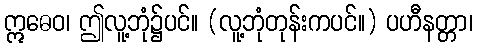
ဣဓေဝ၊ ဤလူ့ဘုံ၌ပင်။ (လူ့ဘုံတုန်းကပင်။) ပဟီနတ္တာ၊